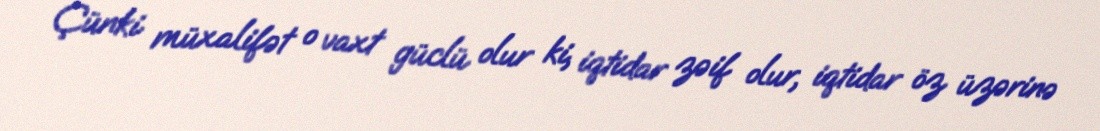
Çünki müxalifət o vaxt güclü olur ki, iqtidar zəif olur, iqtidar öz üzərinə